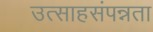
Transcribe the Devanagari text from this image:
उत्साहसंपन्नता